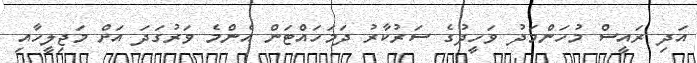
އަދި ރައީސް މުހަންމަދު ވަހީދުގެ ސަރުކާރު ދަމަހައްޓަން އެންމެ ވަރުގަދަ އަށް މަޖިލީހާއި